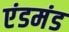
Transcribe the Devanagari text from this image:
एंडमंड